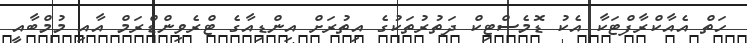
ހަތް އެއާކްރާފްޓަކާ އެކު ޑޮމެސްޓިކް ދަތުރުތަކުގެ އިތުރަށް އިންޑިއާގެ ޓްރެވިންޑްރަމް އާއި މުމްބާއީ